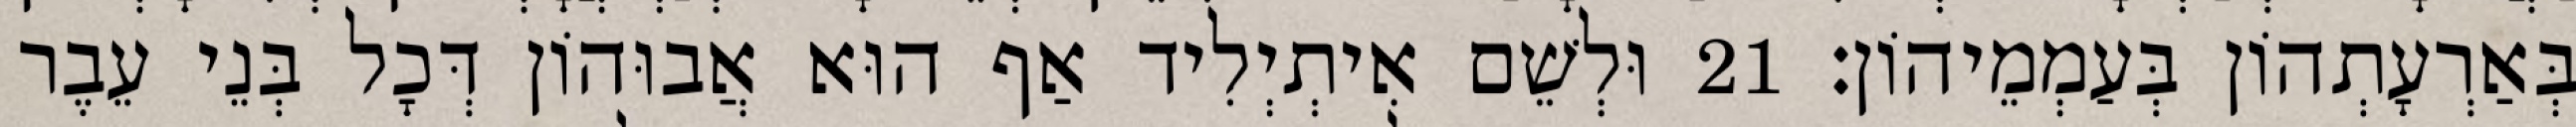
בְּאַרְעָתְהוֹן בְּעַמְמֵיהוֹן׃ 21 וּלְשֵׁם אִיתְיְלִיד אַף הוּא אֲבוּהוֹן דְּכָל בְּנֵי עֵבֶר